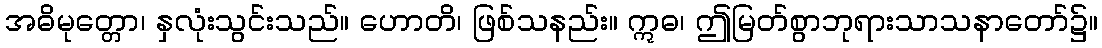
အဓိမုတ္တော၊ နှလုံးသွင်းသည်။ ဟောတိ၊ ဖြစ်သနည်း။ ဣဓ၊ ဤမြတ်စွာဘုရားသာသနာတော်၌။